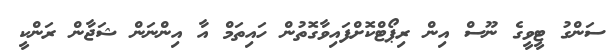
ސަންގު ޓީވީގެ ނޫސް އިން ރިޕޯޓްކޮށްފައިވާގޮތުން ހައިތަމް އާ އިންނަން ޝަޖާން ރަންކީ